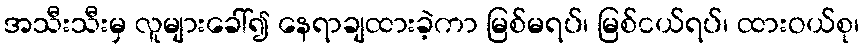
အသီးသီးမှ လူများခေါ်၍ နေရာချထားခဲ့ကာ မြစ်မရပ်၊ မြစ်ငယ်ရပ်၊ ထားဝယ်စု၊